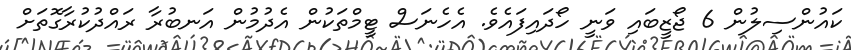
ކައުންސިލުން 6 ޖޯޒީބައި ވަނީ ހޯދައިފައެވެ. އެހެެނަސް ޓީމްތަކުން އެދުމުން އަނބުރާ ރައްދުކުރާގޮތަށް